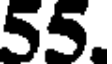
55.